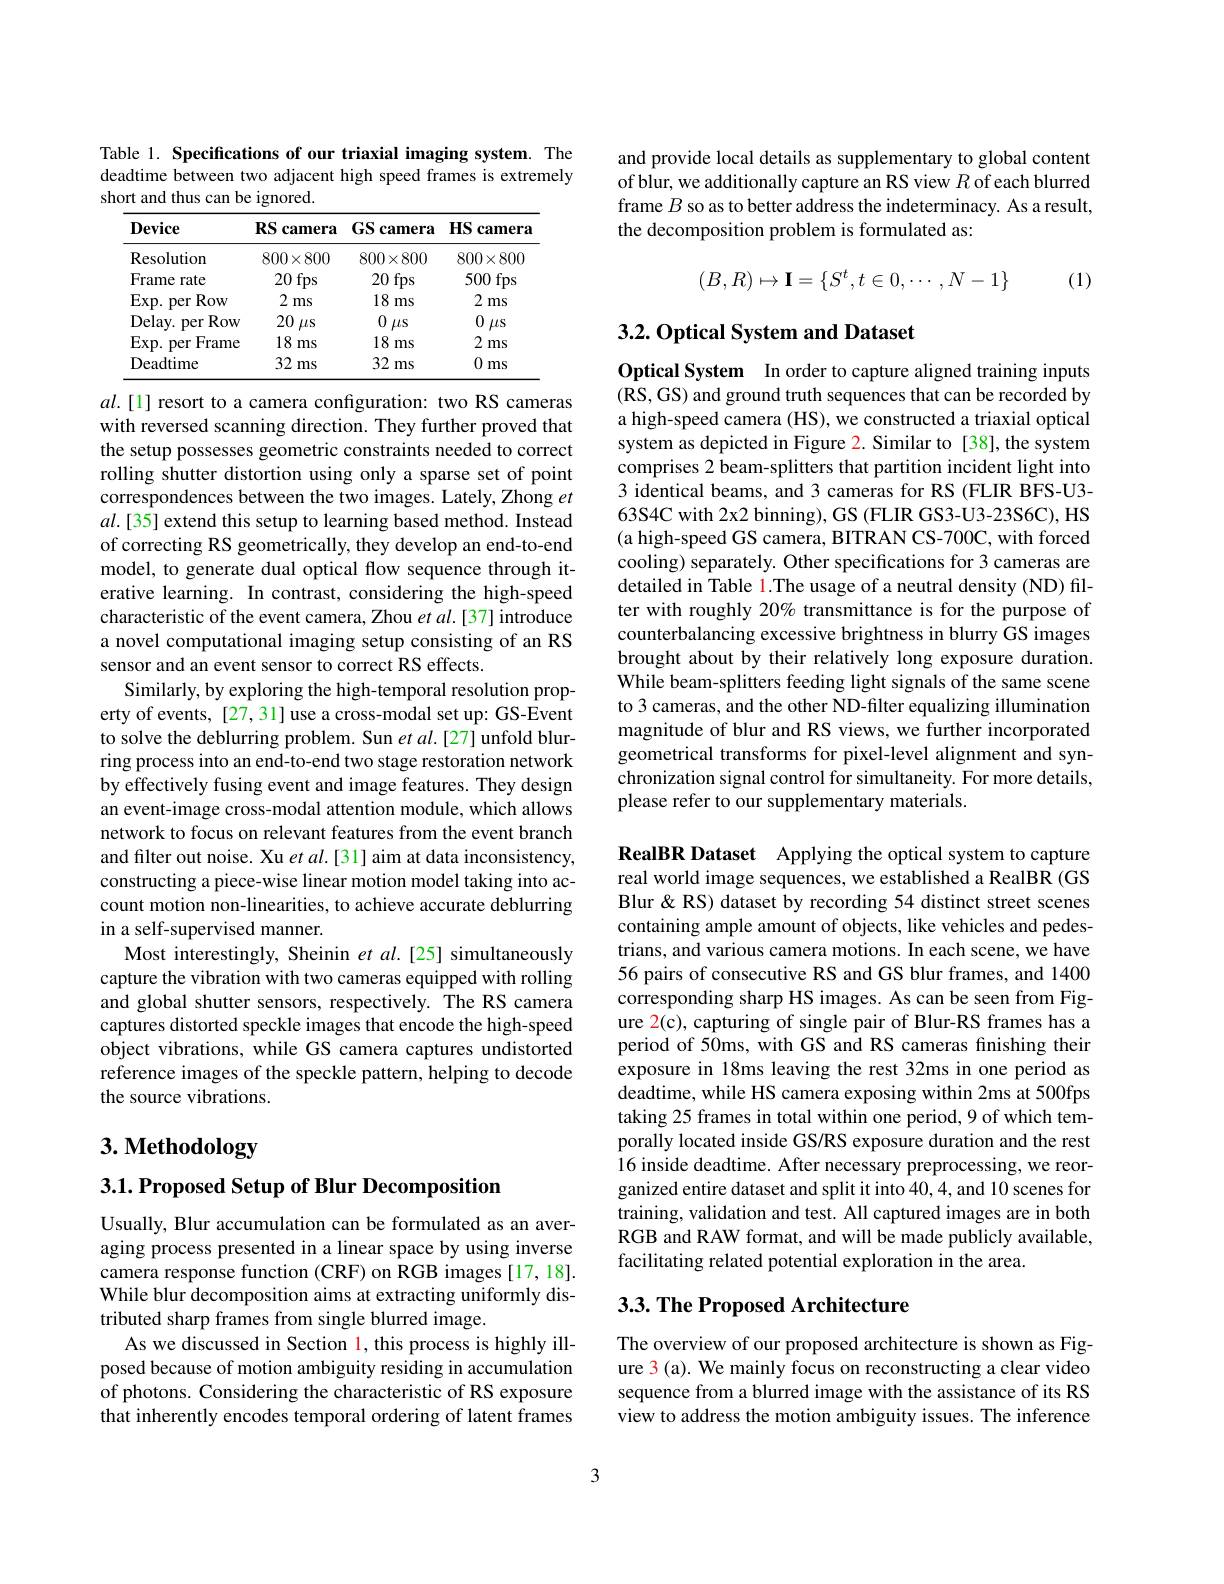
Table 1. Specifications of our triaxial imaging system. The deadtime between two adjacent high speed frames is extremely short and thus can be ignored.

<table>
	<tbody>
		<tr>
			<th>$\mathbf{Device}$</th>
			<th>$RS$ camera</th>
			<th>$GS$ camera</th>
			<th>$HS$ camera</th>
		</tr>
		<tr>
			<td>Resolution</td>
			<td>$800\times800$</td>
			<td>$800\times800$</td>
			<td>$800\times800$</td>
		</tr>
		<tr>
			<td>Frame rate</td>
			<td>20 fps</td>
			<td>20f fps</td>
			<td>500 fps</td>
		</tr>
		<tr>
			<td>Exp. per Row</td>
			<td>2 ms</td>
			<td>18 ms</td>
			<td>21 ms</td>
		</tr>
		<tr>
			<td>$Delay.$ Row per</td>
			<td>20 $\mu$S</td>
			<td>0 $\mu$S</td>
			<td>0 $\mu\mathbf{S}$</td>
		</tr>
		<tr>
			<td>$Exp.$ Frame per </td>
			<td>18 ms</td>
			<td>18 ms</td>
			<td>21 ms</td>
		</tr>
		<tr>
			<td>Deadtime</td>
			<td>32 ms</td>
			<td>32 ms</td>
			<td>0 ms</td>
		</tr>
	</tbody>
</table>

$al.[1]$ resort to a camera configuration: two RS cameras with reversed scanning direction. They further proved that the setup possesses geometric constraints needed to correct rolling shutter distortion using only a sparse set of point correspondences between the two images. Lately, Zhong $et$ $al.[35]$ extend this setup to learning based method. Instead of correcting RS geometrically, they develop an end-to-end model, to generate dual optical flow sequence through iterative learning. In contrast, considering the high-speed characteristic of the event camera, Zhou $etal.[37]$ introduce a novel computational imaging setup consisting of an RS sensor and an event sensor to correct RS effects.
Similarly, by exploring the high-temporal resolution property of events, [27, 31] use a cross-modal set up: GS-Event to solve the deblurring problem. Sun et al.[27] unfold blurring process into an end-to-end two stage restoration network by effectively fusing event and image features. They design an event-image cross-modal attention module, which allows network to focus on relevant features from the event branch and filter out noise. Xu $etal.[31]$ aim at data inconsistency, constructing a piece-wise linear motion model taking into account motion non-linearities, to achieve accurate deblurring in a self-supervised manner.
Most interestingly, Sheinin et al.[25] simultaneously capture the vibration with two cameras equipped with rolling and global shutter sensors, respectively. The RS camera captures distorted speckle images that encode the high-speed object vibrations, while GS camera captures undistorted reference images of the speckle pattern, helping to decode the source vibrations.

# $3. \textbf{Methodology}$

$3. 1. \textbf{Proposed Setup of Blur Decomposition}$

Usually, Blur accumulation can be formulated as an averaging process presented in a linear space by using inverse camera response function (CRF) on RGB images [17,18]. While blur decomposition aims at extracting uniformly distributed sharp frames from single blurred image.
As we discussed in Section 1, this process is highly illposed because of motion ambiguity residing in accumulation of photons. Considering the characteristic of RS exposure that inherently encodes temporal ordering of latent frames

and provide local details as supplementary to global content of blur, we additionally capture an RS view $R$ of each blurred frame $B$ so as to better address the indeterminacy. As a result, the decomposition problem is formulated as:
$$(B,R)\mapsto\mathbf{I}=\{S^t,t\in0,\cdots,N-1\}$$
(1)

## 3.2.0ptical System and Dataset

Optical System In order to capture aligned training inputs (RS, GS) and ground truth sequences that can be recorded by a high-speed camera (HS), we constructed a triaxial optical system as depicted in Figure 2. Similar to [38],the system comprises 2 beam-splitters that partition incident light into 3 identical beams, and 3 cameras for RS (FLIR BFS-U3- 63S4C with 2x2 binning), GS (FLIR GS3-U3-23S6C), HS (a high-speed GS camera, BITRAN CS-700C, with forced cooling) separately. Other specifications for 3 cameras are detailed in Table 1.The usage of a neutral density (ND) filter with roughly 20% transmittance is for the purpose of counterbalancing excessive brightness in blurry GS images brought about by their relatively long exposure duration. While beam-splitters feeding light signals of the same scene to 3 cameras, and the other ND-filter equalizing illumination magnitude of blur and RS views, we further incorporated geometrical transforms for pixel-level alignment and synchronization signal control for simultaneity. For more details, please refer to our supplementary materials

RealBR Dataset Applying the optical system to capture real world image sequences, we established a RealBR (GS Blur &RS) dataset by recording 54 distinct street scenes containing ample amount of objects, like vehicles and pedestrians, and various camera motions. In each scene, we have 56 pairs of consecutive RS and GS blur frames, and 1400 corresponding sharp HS images. As can be seen from Figure 2(c), capturing of single pair of Blur-RS frames has a period of 50ms, with GS and RS cameras finishing their exposure in 18ms leaving the rest 32ms in one period as deadtime, while HS camera exposing within 2ms at 500fps taking 25 frames in total within one period, 9 of which temporally located inside GS/RS exposure duration and the rest 16 inside deadtime. After necessary preprocessing, we reorganized entire dataset and split it into 40,4, and 10 scenes for training, validation and test. All captured images are in both RGB and RAW format, and will be made publicly available, facilitating related potential exploration in the area.

## 3.3. The Proposed Architecture

The overview of our proposed architecture is shown as Figure 3(a). We mainly focus on reconstructing a clear video sequence from a blurred image with the assistance of its RS view to address the motion ambiguity issues. The inference

3